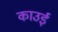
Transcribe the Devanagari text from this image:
काउई